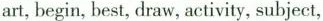
art, begin, best, draw, activity, subject,